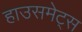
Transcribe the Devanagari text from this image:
हाउसमेट्स